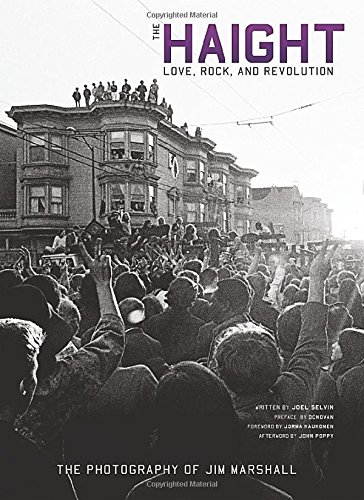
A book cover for The Haight: Love, Rock, and Revolution; Joel Selvin; Arts & Photography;